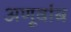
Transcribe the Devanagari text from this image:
अणूबांब